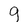
Character: 9